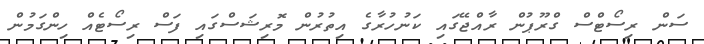
ސަން ރިސޯޓްސް ގްރޫޕުން ރާއްޖޭގައި ކަނުހުރާގެ އިތުރުން މޮރިޝަސްގައި ފަސް ރިސޯޓެއް ހިންގަމުން